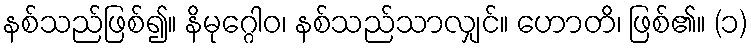
နစ်သည်ဖြစ်၍။ နိမုဂ္ဂေါဝ၊ နစ်သည်သာလျှင်။ ဟောတိ၊ ဖြစ်၏။ (၁)